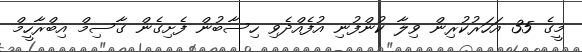
މީގެ 35 އަހަރުކުރިން ވިލާ ކުންފުނި އުފެއްދެވި ހިސާބުން ފެށިގެން ގާސިމް އިބްރާހީމް